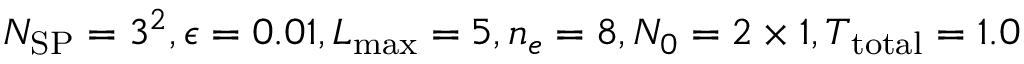
N _ { \mathrm { S P } } = 3 ^ { 2 } , \epsilon = 0 . 0 1 , L _ { \operatorname* { m a x } } = 5 , n _ { e } = 8 , N _ { 0 } = 2 \times 1 , T _ { \mathrm { t o t a l } } = 1 . 0